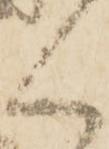
く